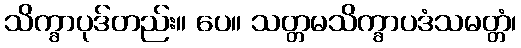
သိက္ခာပုဒ်တည်း။ ပေ။ သတ္တမသိက္ခာပဒံသမတ္တံ၊